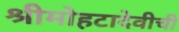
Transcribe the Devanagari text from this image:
श्रीमोहटादेवीची